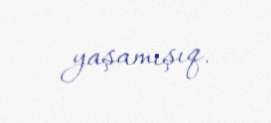
yaşamışıq.